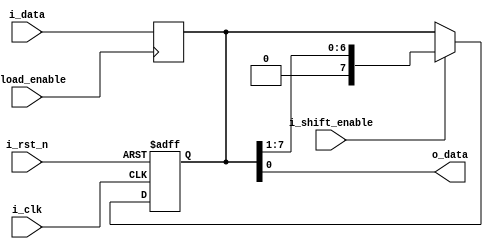
module Serializer
#(parameter DATA_WIDTH=8)

(
    output  wire                            o_data,            
    input   wire    [DATA_WIDTH-1:0]        i_data,
    input   wire                            i_load_enable,
    input   wire                            i_shift_enable,
    input   wire                            i_clk,
    input   wire                            i_rst_n
);

    reg [DATA_WIDTH-1:0]    internal_buffer=0;
    reg [DATA_WIDTH-1:0]    data_shifted=0;


    always@(posedge i_load_enable )
        begin

            internal_buffer<=i_data;
        end


    always@(posedge i_clk or negedge i_rst_n)
        begin
            if(!i_rst_n)
            
                internal_buffer<={ (DATA_WIDTH){1'b0} };

            else if (i_shift_enable)
                begin
                    internal_buffer<=data_shifted;
                end        
        end

    always@(*)
        begin
            data_shifted<=internal_buffer>>1;
        end

    assign o_data=internal_buffer[0];

    endmodule